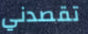
تقصدني